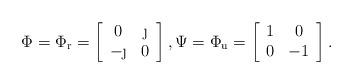
LaTeX: \begin{align*}\Phi = \Phi_\mathrm r = \left[\begin{array}{cc} 0 & \j \\ -\j & 0 \end{array}\right], \Psi = \Phi_\mathrm u = \left[\begin{array}{cc} 1 & 0 \\ 0 & -1 \end{array}\right].\end{align*}